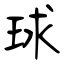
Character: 球